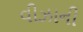
વીઝાની